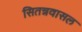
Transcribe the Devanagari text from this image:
सितन्नवासल